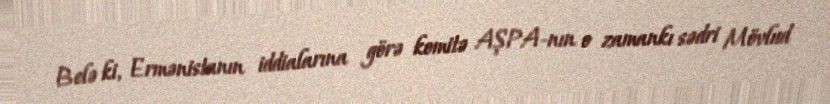
Belə ki, Ermənistanın iddialarına görə komitə AŞPA-nın o zamankı sədri Mövlud